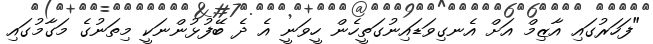
"ފަހަރުގައި އާޒިމް އަށް އެނގިވަޑައިނުގަތީހެން ހީވަނީ އެ ދެ ބޭފުޅުންނަކީ މިތަނުގެ މަގާމުގައި